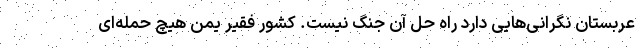
عربستان نگرانی‌هایی دارد راه حل آن جنگ نیست. کشور فقیر یمن هیچ حمله‌ای